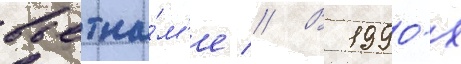
вьетна́м'е // В 1990-х